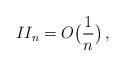
LaTeX: \begin{align*}II_n = O\big(\frac{1}{n}\big) \, , \end{align*}